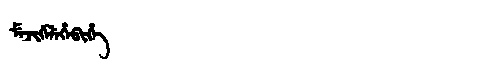
Manchu: ᠮᡝᠵᡳᡤᡝᠯᡝᡥᡝᠪᡳᡥᡝ
Romanization: MEJIGELEHEBIHE